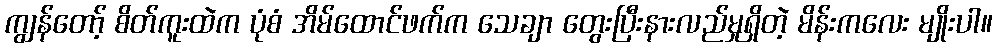
ကျွန်တော့် စိတ်ကူးထဲက ပုံစံ အိမ်ထောင်ဖက်က သေချာ တွေးပြီးနားလည်မှုရှိတဲ့ မိန်းကလေး မျိုးပါ။